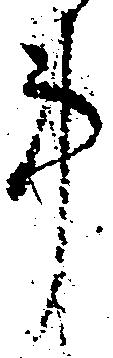
事